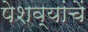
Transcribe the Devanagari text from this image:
पेशव्यांचें